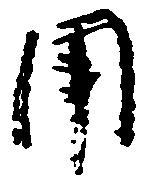
用